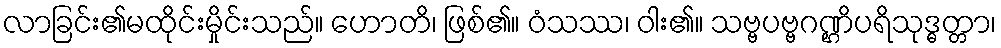
လာခြင်း၏မထိုင်းမှိုင်းသည်။ ဟောတိ၊ ဖြစ်၏။ ဝံသဿ၊ ဝါး၏။ သဗ္ဗပဗ္ဗဂဏ္ဌိပရိသုဒ္ဓတ္တာ၊